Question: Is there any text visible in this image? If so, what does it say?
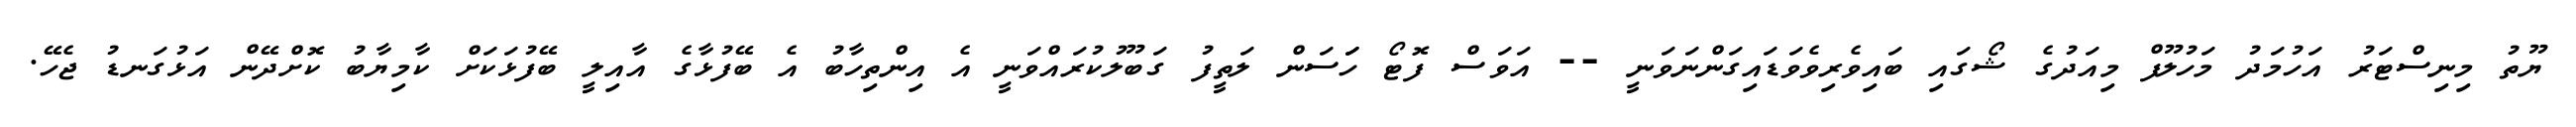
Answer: ޔޫތު މިނިސްޓަރު އަހުމަދު މަހުލޫފް މިއަދުގެ ޝޯގައި ބައިވެރިވެވަޑައިގަންނަވަނީ -- އަވަސް ފޮޓޯ ހަަސަން ލަތީފު ގަބޫލުކުރައްވަނީ އެ އިންތިހާބު އެ ބޭފުޅާގެ އާއިލީ ބޭފުޅަކަށް ކާމިޔާބު ކޮށްދޭން އަޅުގަނޑު ޖެހޭ.